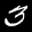
Label: 3